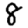
Digit: 8